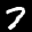
Digit: 7